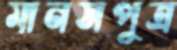
মানসপুত্র